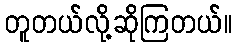
တူတယ်လို့ဆိုကြတယ်။